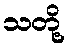
သတို့